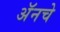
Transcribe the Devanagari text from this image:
अॅनचे